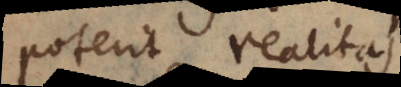
poterit realitas.